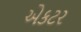
એકટર